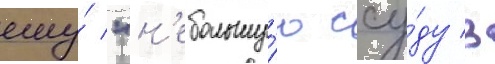
ему́ "н'ебольшу́ю ссу́ду в